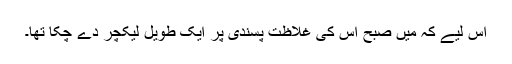
اس لیے کہ میں صبح اس کی غلاظت پسندی پر ایک طویل لیکچر دے چکا تھا۔